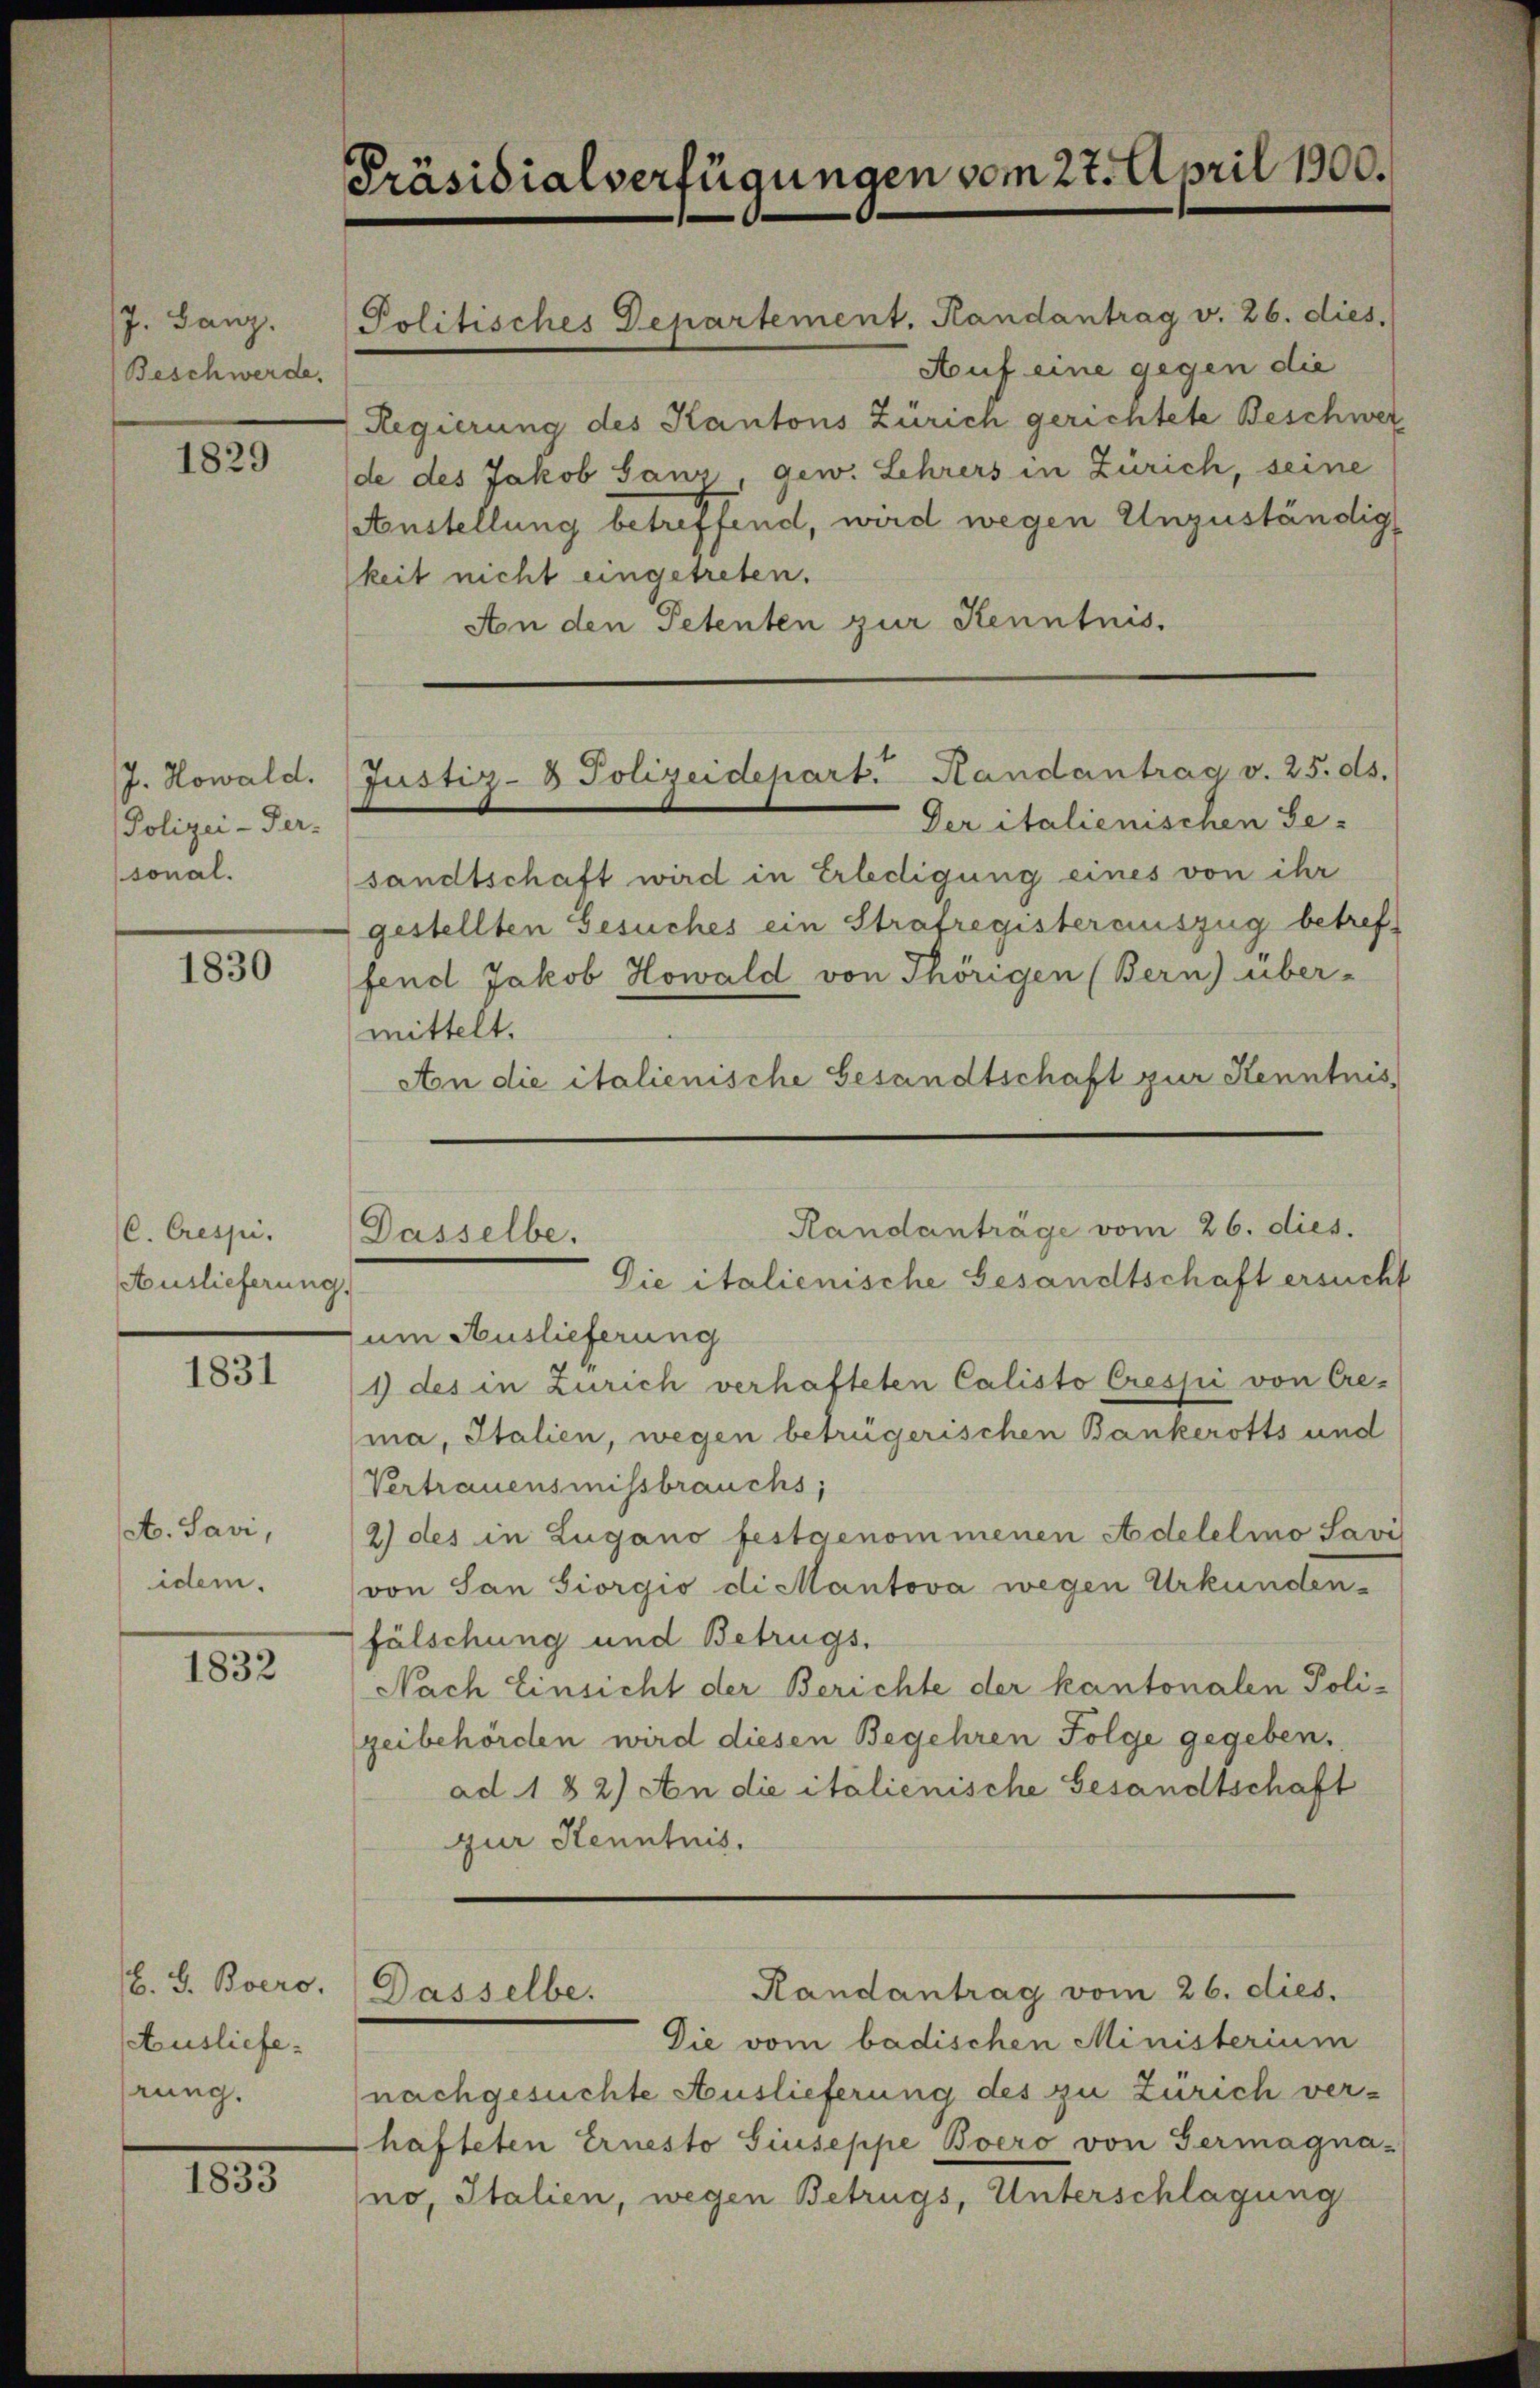
J. Banz.
Beschwerde.

1829

Polizei-Per-
sonal.

1830

C. Crespi
Auslieferung.

1831

et. Savi,
idem.

1832

B. G. Boero.
Ausliefe
rung.

1835.

Präsidialverfügungen vom 27. April 1900.

J. Howald. Justiz- & Polizeidepart. Handantrag v. 25. ds.

Dasselbe.

keit nicht eingetreten.
Aon den Petenten zur Kenntnis.
Der italienischen Ge-
sandtschaft wird in Erledigung eines von ihr
gestellten Gesuches ein Strafregisterauszug betreffend Jakob Howald von Thörigen (Bern) über-
mittelt.
Aon die italienische Gesandtschaft zur Kenntnis
Die italienische Gesandtschaft ersucht
um Auslieferung
1) des in Zürich verhafteten Calisto Crespi von Crema, Italien, wegen betrügerischen Bankerotts und
Vertrauensmissbrauchs,
2) des in Lugano festgenommenen Adelelio Savi
von San Siorgio di Mantova wegen Urkunden.
fälschung und Betrugs.
Nach Einsicht der Berichte der kantonalen Poli-
geibehörden wird diesen Begehren Folge gegeben.
ad. 182) An die italienische Gesandtschaft
ur Kenntnis.
Randantrag vom 26. dies.
Dasselbe.
Die vom badischen Ministerium
nachgesuchte Auslieferung des zu Zürich ver-
hafteten Ernesto Giuseppe Boero von Germagna-
no, Italien, wegen Betrugs, Unterschlagung

Politisches Departement. Handantrag v. 26. dies
Auf eine gegen die
Regierung des Kantons Zürich gerichtete Beschwer
de des Jakob Saus gew. Lehrers in Zürich, seine
Anstellung betreffend, wird wegen Unzuständig

Randanträge vom 26. dies.